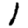
Digit: 1